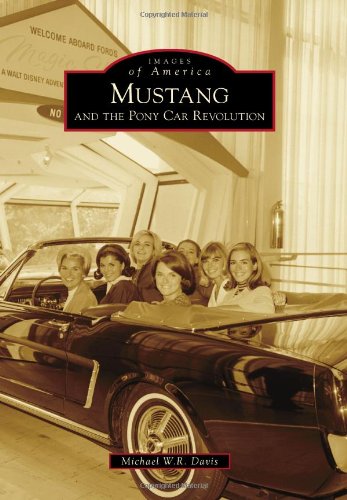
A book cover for Mustang and the Pony Car Revolution (Images of America (Arcadia Publishing)); Michael W.R. Davis; Engineering & Transportation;